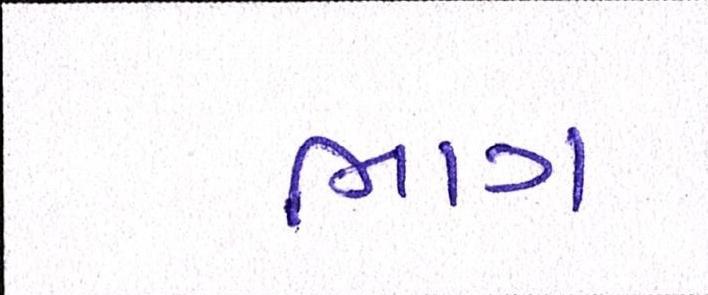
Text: ભાગ